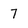
Character: 7